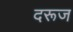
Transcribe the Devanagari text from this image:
दरूज